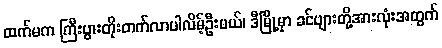
ထက်မက ကြီးပွားတိုးတက်လာပါလိမ့်ဦးမယ်၊ ဒီမြို့မှာ ခင်ဗျားတို့အားလုံးအတွက်